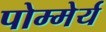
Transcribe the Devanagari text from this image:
पोम्मेर्य